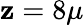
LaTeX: \mathbf{z}=8\mu